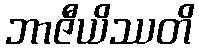
ဘာဇီယိဿတိ